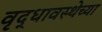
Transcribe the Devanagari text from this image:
वृद्धावस्थेच्या